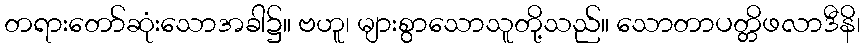
တရားတော်ဆုံးသောအခါ၌။ ဗဟူ၊ များစွာသောသူတို့သည်။ သောတာပတ္တိဖလာဒီနိ၊